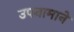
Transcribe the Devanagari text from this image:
उपनामाने